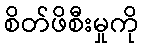
စိတ်ဖိစီးမှုကို